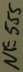
Text: NE555